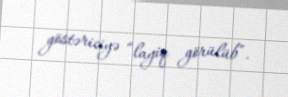
göstəriciyə “layiq görülüb”.